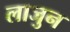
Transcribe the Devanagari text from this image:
लाजुन